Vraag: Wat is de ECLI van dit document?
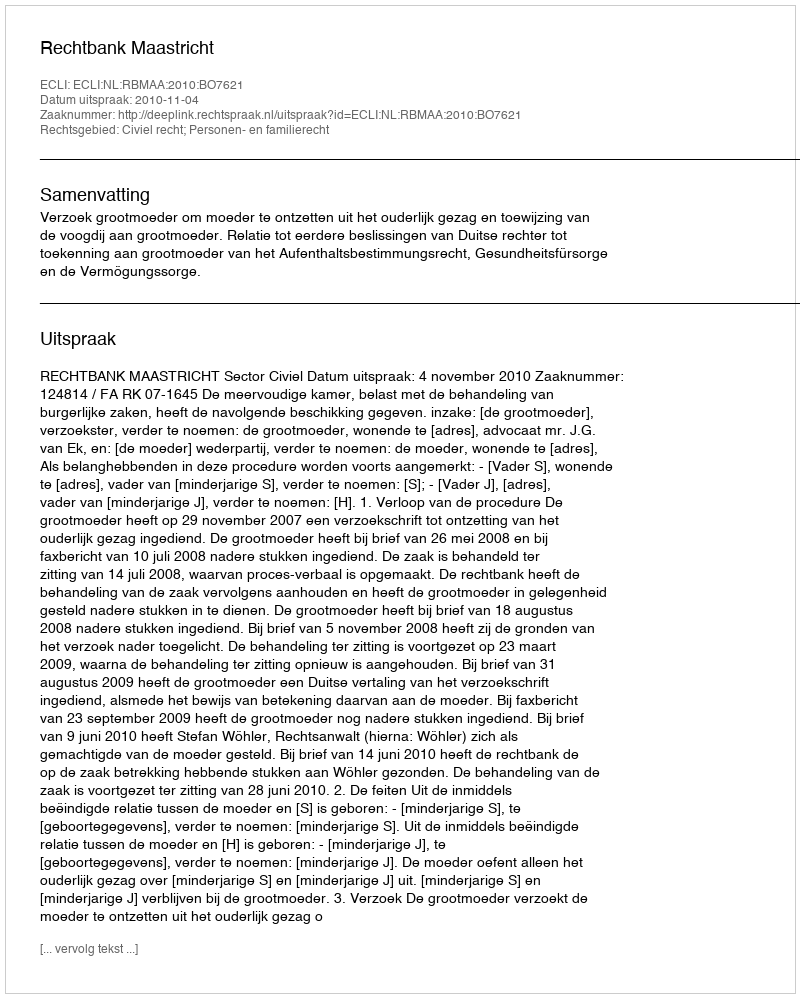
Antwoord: ECLI:NL:RBMAA:2010:BO7621